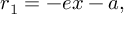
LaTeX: r _ { 1 } = - e x - a , \,